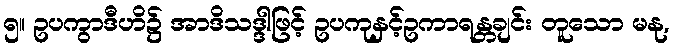
၅။ ဥပကွာဒီဟိ၌ အာဒိသဒ္ဒါဖြင့် ဥပကုနှင့်ဥကာရန္တချင်း တူသော မနု,